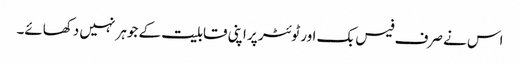
اس نے صرف فیس بک اور ٹوئٹر پر اپنی قابلیت کے جوہر نہیں دکھائے۔